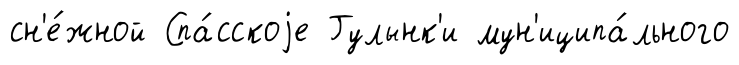
сн'е́жной Спа́сскоjе Гулынк'и мун'иципа́льного